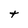
Character: t